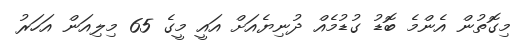
މިގޮތުން އެންމެ ބޮޑު ގުޑުމެއް ދުނިޔެއަށް އައީ މީގެ 65 މިލިއަން އަހަރު